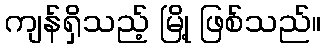
ကျန်ရှိသည့် မြို့ ဖြစ်သည်။